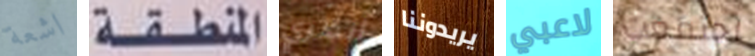
اشعة المنطقة أنظري يريدوننا لاعبي اجتمعت